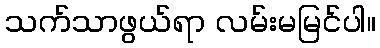
သက်သာဖွယ်ရာ လမ်းမမြင်ပါ။